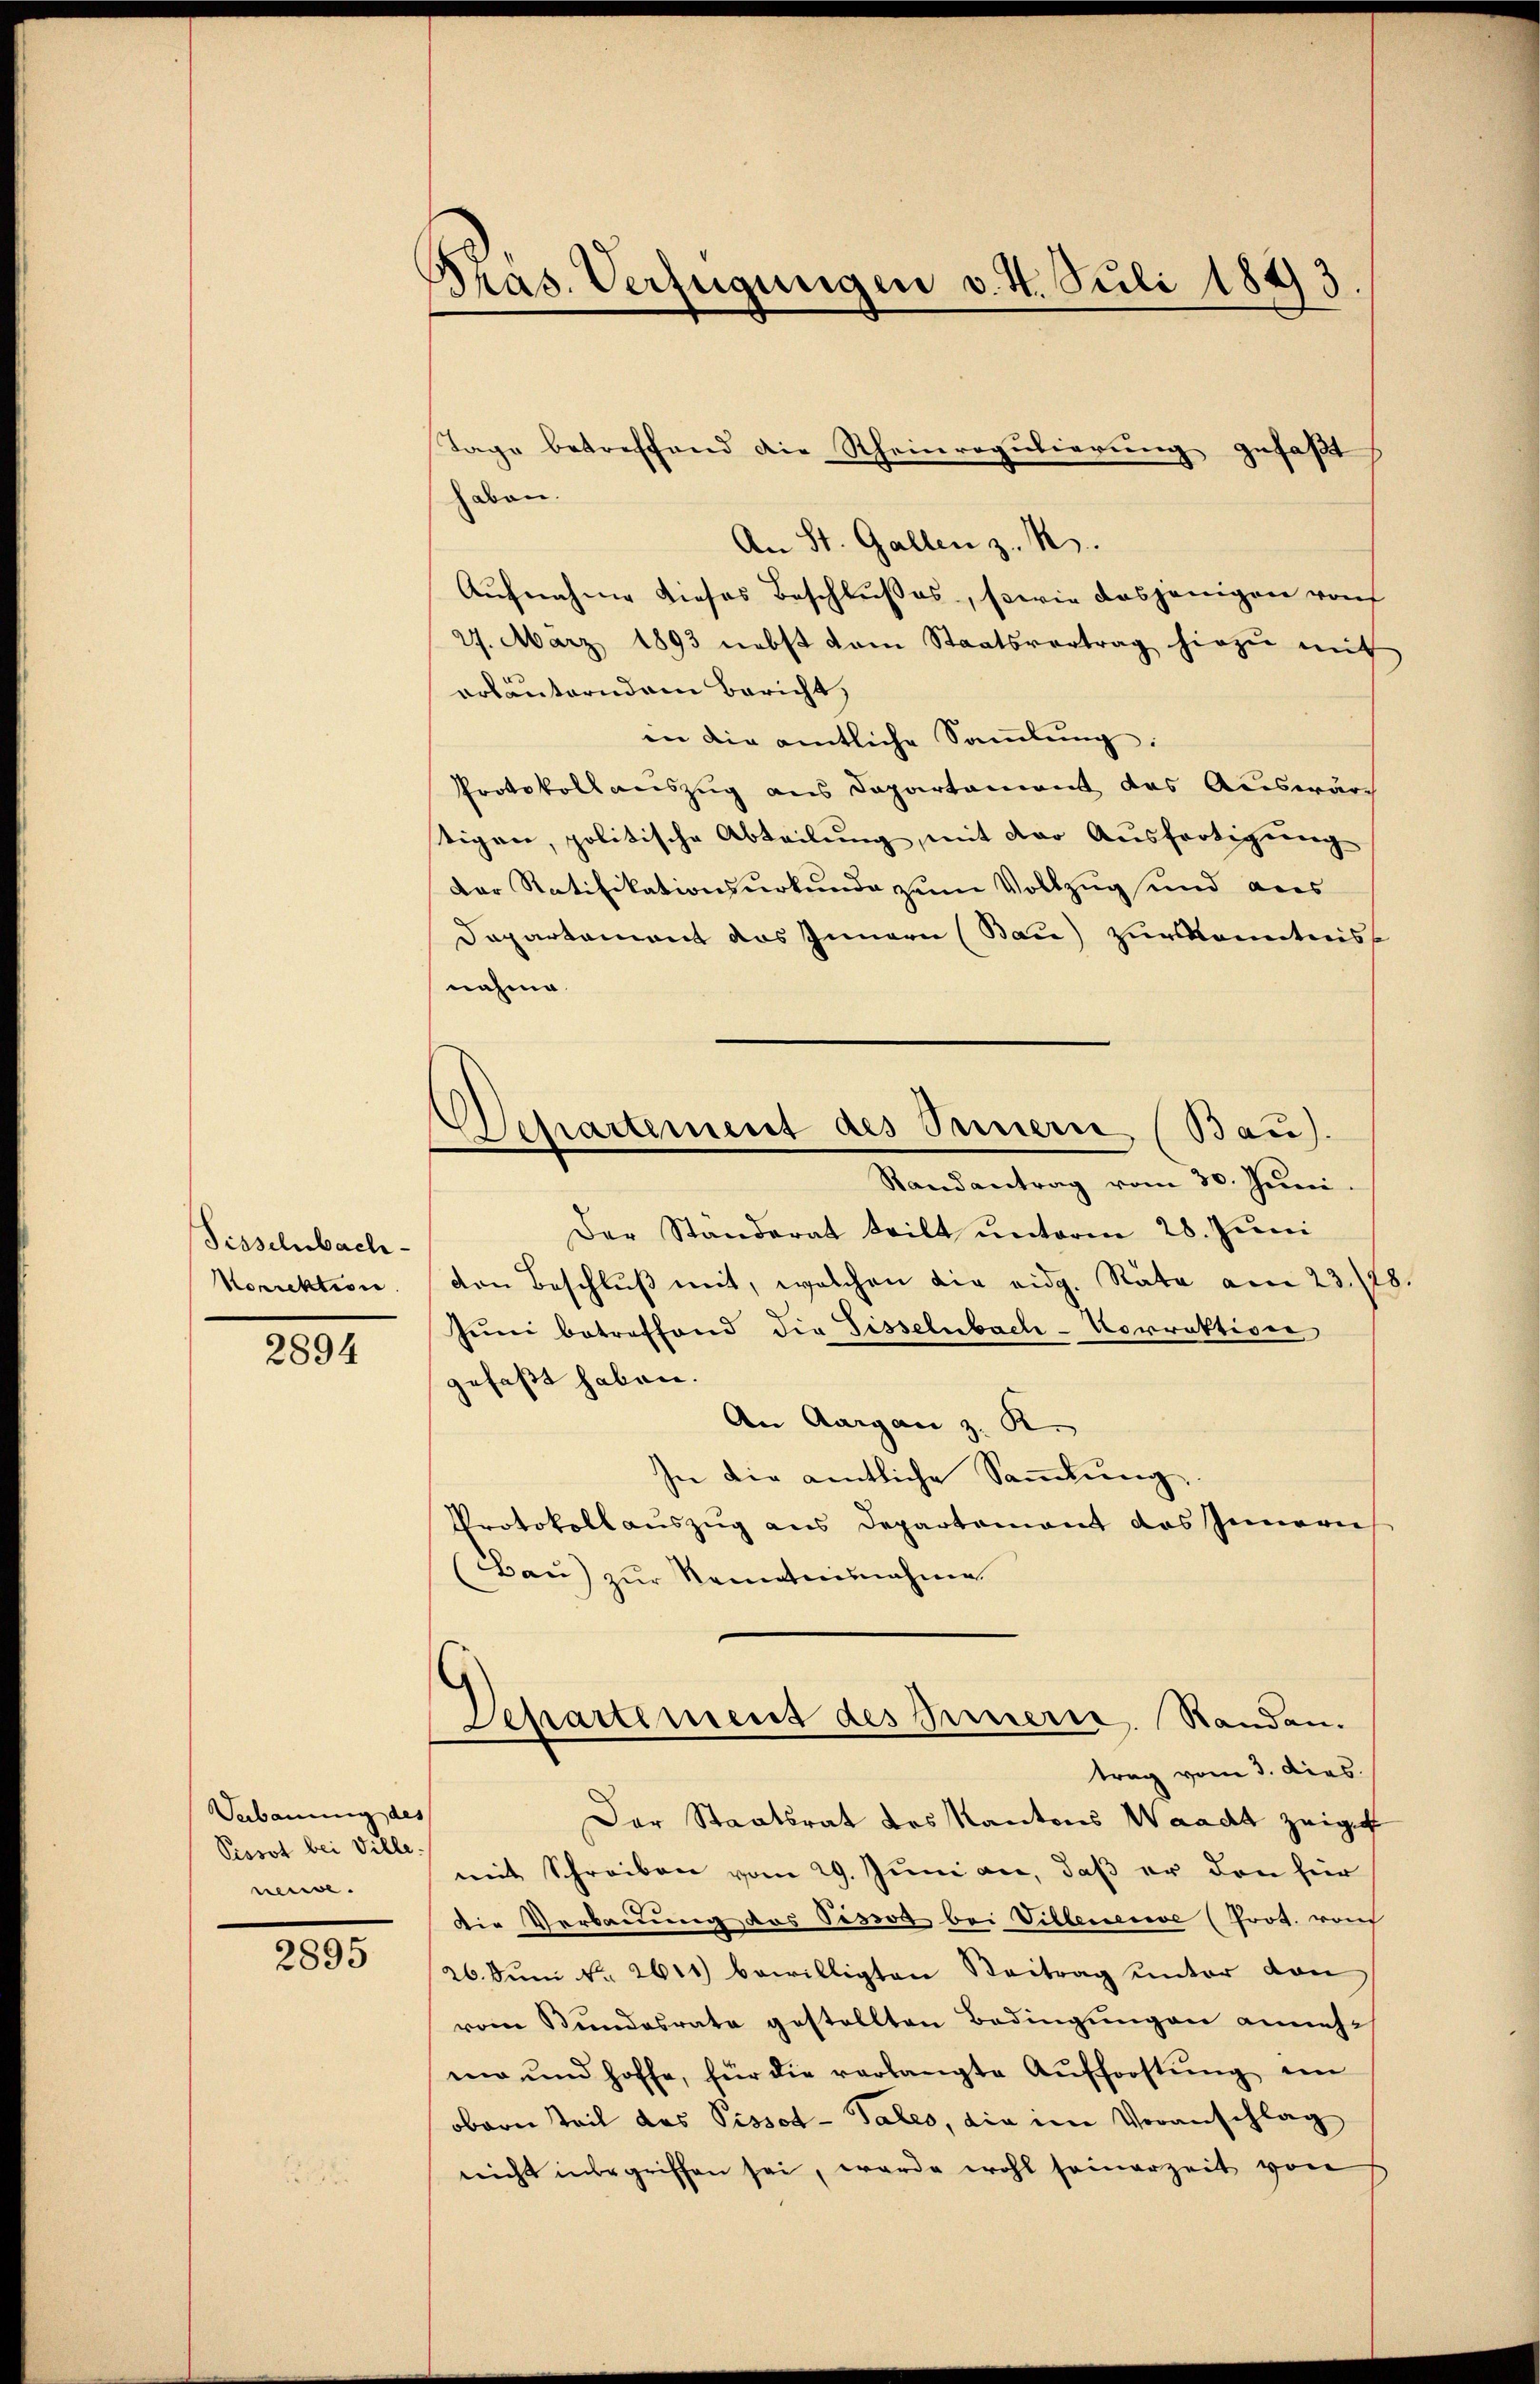
Tisselnbach¬
Korrektion

2894

Vebauung des
Pissot bei Ville.
neuve

2895

¬
ras. Verfügungen v. 4. Juli 1843

Separtement des Innern (Bau).
Randantrag vom 30. Juni.

Tage betreffend die Rheinregulierung gefaßt
don.
An St. Gallen z. B.
Aufnahme dieses Beschlußes, sowie dasjenigen von
27. März 1893 nebst dem Staatsvertrag hiezŭ mit
erläuterndem Bericht,
in die amtliche Sammlung:
Protokollauszug aus Departament des Auswärch
tigen, politische Abteilung, mit der Ausfertigung
Der Ratifikationsurkunde zum Vollzug und aus
Departement das Innern (Bau) zur Kenntniss
nahme
Der Standerat teilt unterm 28. Juni
von Beschluß mit, welchen die eidg. Rata am 23./28.
Juni betreffend die Fisselnbach-Vorrektiver
gefaßt haben.
An Aargau z. R.
In die amtliche Sammlung,
Protokollauszug aus Departement das Innern
(Bau) zŭr Renntnisnahme
Departement des Innern. Standen.
trag vom 3. dies
Der Staatsrat des Kantons Waadt zeigt
mit Schreiben vom 29. Juni an, daß er den für
Die Verbauung des Pissot bei Villeneuve (Prot. von
/26. Juni No 2611) bewilligten Beitrag unter von
vom Bundesrate gestellten Bedingungen annehma und hoffe, für die verlangte Aufforstŭng im
obern Teil das Pissot - Tales, die im Voranschlag
nicht inbegriffen sei, werde wohl seinerzeit von